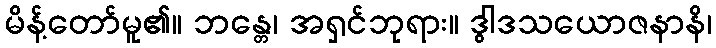
မိန့်တော်မူ၏။ ဘန္တေ၊ အရှင်ဘုရား။ ဒွါဒသယောဇနာနိ၊